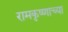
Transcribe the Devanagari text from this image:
रामकृष्णाच्या